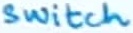
Text: Switch